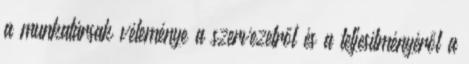
a munkatársak véleménye a szervezetről és a teljesítményéről a